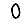
Digit: 0